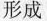
形成